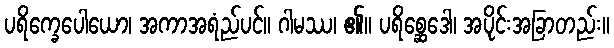
ပရိက္ခေပေါယော၊ အကာအရံည်ပင်။ ဂါမဿ၊ ၏။ ပရိစ္ဆေဒေါ၊ အပိုင်းအခြာတည်း။